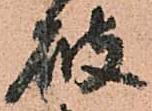
破